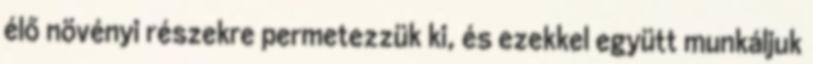
élő növényi részekre permetezzük ki, és ezekkel együtt munkáljuk